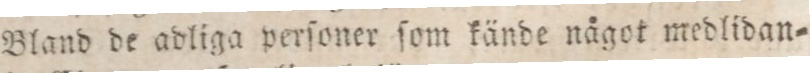
Bland de adliga perſoner ſom kände något medlidan=